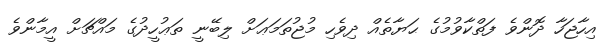
އިހާޖަހާ ދޮންވެ ފަތްކާވުމުގެ ޙަޔާތެއް ދިވެހި މުޖުތަމަޢަށް ލިބޭނީ ތަޢުހީދުގެ މައްޗަށް އީމާންވެ